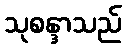
သုစန္ဒာသည်